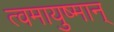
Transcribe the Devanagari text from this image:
त्वमायुष्मान्